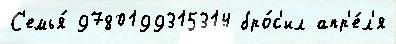
С'емья́ 9780199315314 бро́с'ил апр'е́л'я